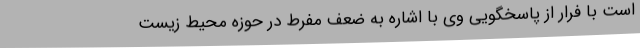
است با فرار از پاسخگویی وی با اشاره به ضعف مفرط در حوزه محیط زیست